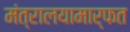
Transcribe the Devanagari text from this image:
मंत्रालयामार्फत